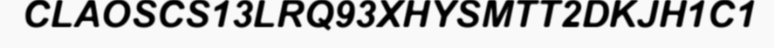
CLAOSCS13LRQ93XHYSMTT2DKJH1C1